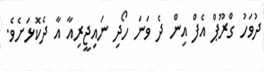
ދުވަހު ގްރޫޕް އެފް އިން ދެ ވަނަ ހޯދި ނައިޖީރިއާ އާ ދެކޮޅަށެވެ.